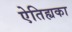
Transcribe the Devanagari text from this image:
ऐतिह्यका